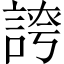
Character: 𧩊